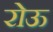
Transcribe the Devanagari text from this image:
रोऊ